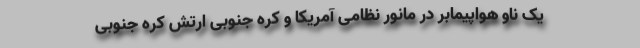
یک ناو هواپیمابر در مانور نظامی آمریکا و کره جنوبی ارتش کره جنوبی